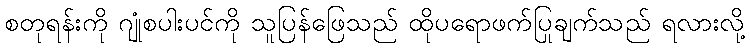
စတုရန်းကို ဂျုံစပါးပင်ကို သူပြန်ဖြေသည် ထိုပရောဖက်ပြုချက်သည် ရလားလို့